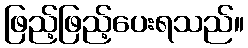
ဖြည့်ဖြည့်ပေးရသည်။